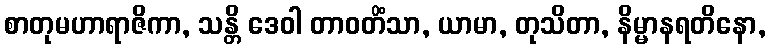
စာတုမဟာရာဇိကာ, သန္တိ ဒေဝါ တာဝတိံသာ, ယာမာ, တုသိတာ, နိမ္မာနရတိနော,